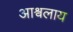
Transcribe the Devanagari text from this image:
आश्वलाय